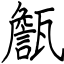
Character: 甔